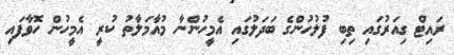
ރައިޓް ގިއަރުގައި ތިބި ފުލުހުންގެ ބަދަލުގައި އެމީހުންނާ މުއާމަލާތު ކުރީ އެމީހުން ހޮވާފައި